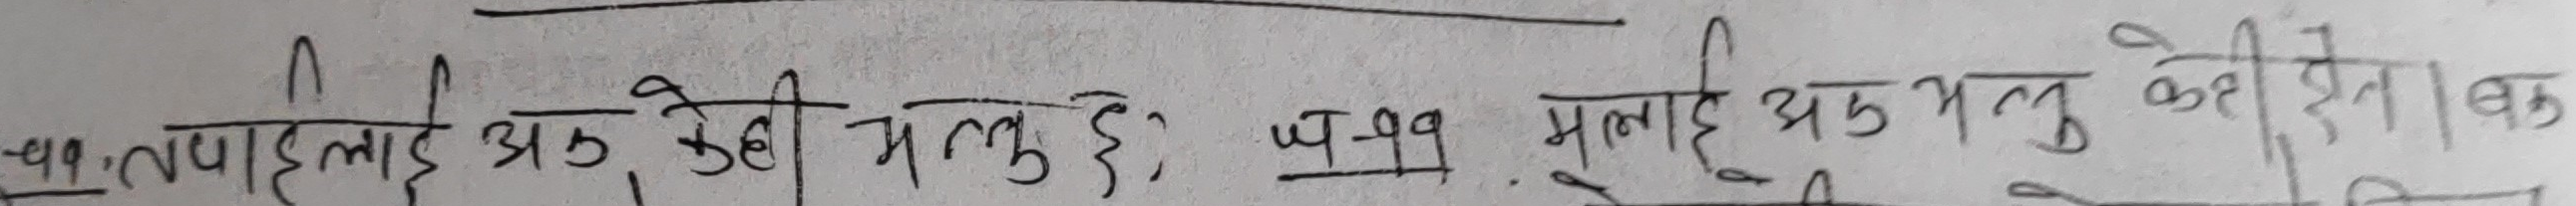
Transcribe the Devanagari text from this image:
पहिलाई एक केही भलु छै। प. ११ मलाई एक भलु केही दिल बक